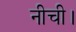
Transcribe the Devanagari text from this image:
नीची।